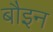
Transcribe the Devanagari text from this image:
बौइन